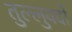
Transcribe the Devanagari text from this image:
तुल्लुवदो